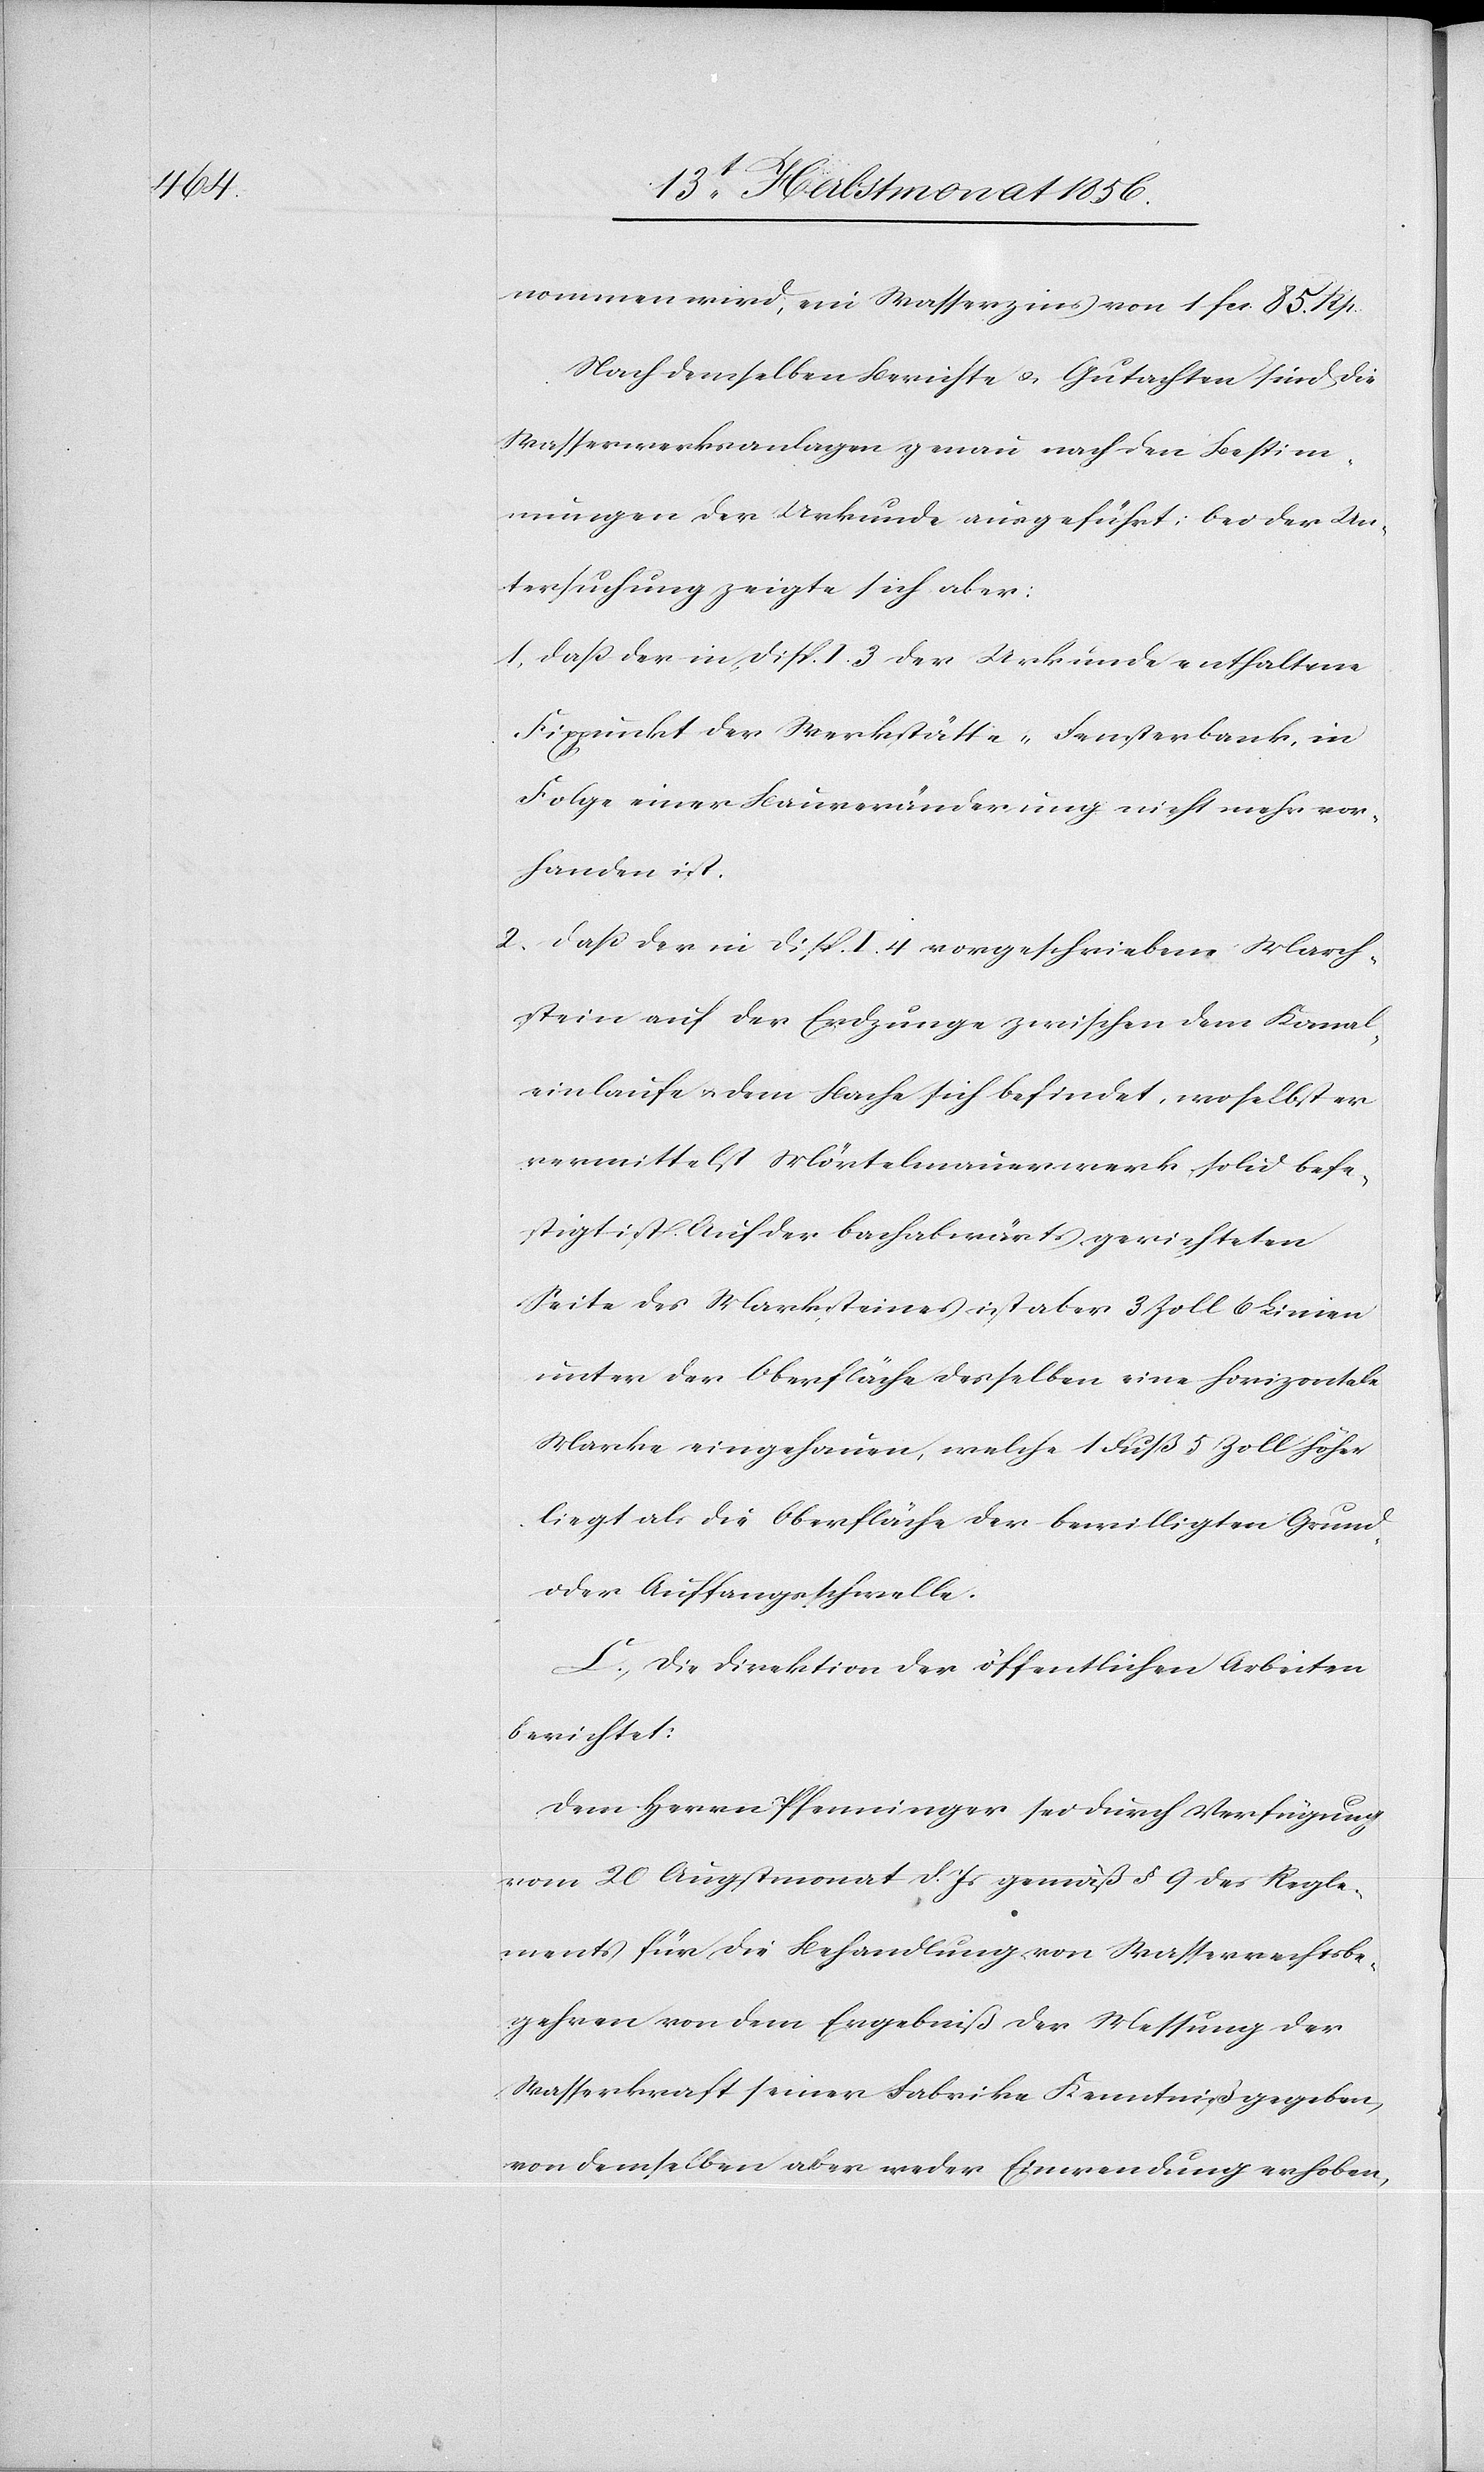
nommen wird, ein Wasserzins von 1 fcs. 85. Rp.
Nach dem selben Berichte u. Gutachten sind die
Wasserwerksanlagen genau nach den Bestim¬
mungen der Urkunde ausgeführt; bei der Un¬
tersuchung zeigte sich aber:
1. dass der in Disp. I. 3 der Urkunde enthaltene
Fixpunkt der Werkstätte-Fensterbank, in
Folge einer Bauveränderung nicht mehr vor¬
handen ist.
2. dass der in Disp. I. 4 vorgeschriebene March¬
stein auf der Erdzunge zwischen dem Kanal¬
einlaufe u. dem Bache sich befinde, woselbst er
vermittelst Mörtelmauerwerk solid befe¬
stigt ist. Auf der bachabwärts gerichteten
Seite des Marksteines [sic!] ist aber 3 Zoll 6 Linien
unter der Oberfläche desselben eine horizontale
Mark eingehauen, welche 1 Fuß 5 Zoll höher
liegt als die Oberfläche der bewilligten Grund-
oder Auffangsschwelle.
C.) Die Direktion der öffentlichen Arbeiten
berichtet:
Dem Herrn Pfenninger sei durch Verfügung
vom 20 Augstmonat d. Js gemäß § 9 des Regle¬
ments für die Behandlung von Wasserrechtsbe¬
gehren von dem Ergebniß der Messung der
Wasserkraft seiner Fabrike Kenntniß gegeben,
von demselben aber weder Einwendung erhoben,